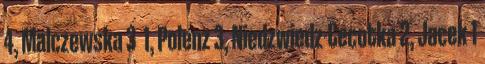
4, Malczewska 3 1, Polenz 3, Niedzwiedz-Cecotka 2, Jacek 1